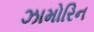
ઝામોરિન